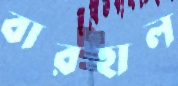
বারহাল